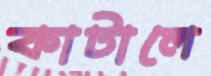
কাটালে